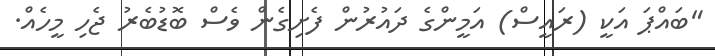
"ބައްޕަ އަކީ (ރައީސް) އަމީންގެ ދައުރުން ފެށިގެން ވެސް ބޮޑުބެރު ޖެހި މީހެއް.